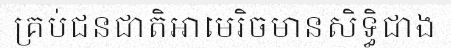
គ្រប់ជនជាតិអាមេរិចមានសិទ្ធិជាង